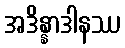
အဒိန္နာဒါနဿ